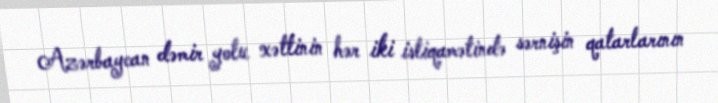
Azərbaycan dəmir yolu xəttinin hər iki istiqamətində sərnişin qatarlarının